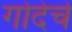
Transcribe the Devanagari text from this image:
गोदेचे